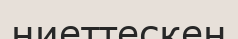
ниеттескен